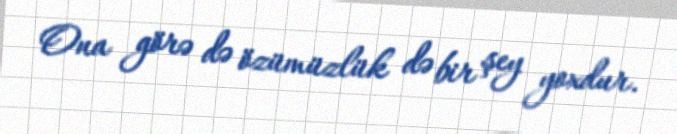
Ona görə də özümüzlük də bir şey yoxdur.